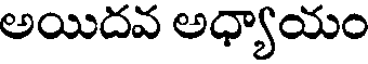
అయిదవ అధ్యాయం